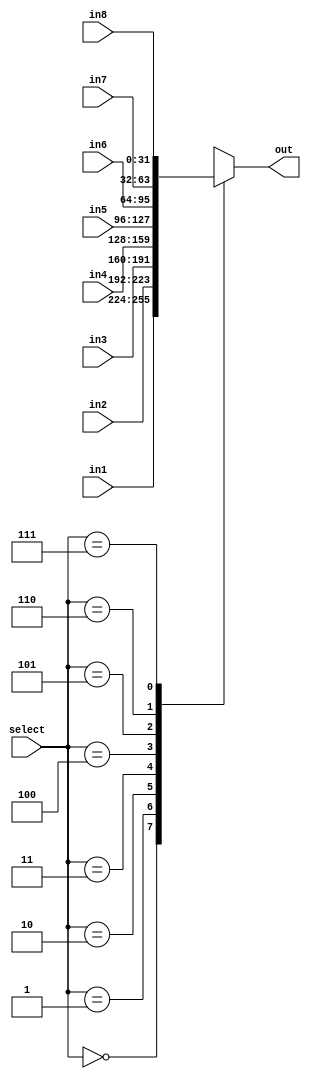
module muxOitoPad(in1,in2, in3, in4, in5, in6, in7, in8,select,out);
	input[31:0] in1, in2, in3, in4, in5, in6, in7, in8;
	input[2:0] select;
	output wire[31:0] out;
	reg[31:0] outReg;
	assign out = outReg;
	always @(*) 
		case(select)
			3'b000: outReg <= in1;
			3'b001: outReg <= in2;
			3'b010: outReg <= in3;
			3'b011: outReg <= in4;
			3'b100: outReg <= in5;
			3'b101: outReg <= in6;
			3'b110: outReg <= in7;
			3'b111: outReg <= in8;
		endcase
endmodule